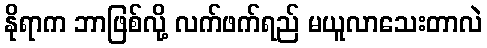
နိုရာက ဘာဖြစ်လို့ လက်ဖက်ရည် မယူလာသေးတာလဲ